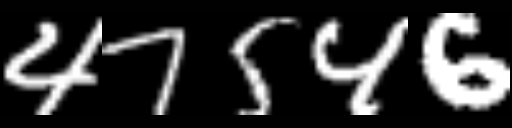
Text: 47546